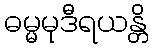
ဓမ္မမုဒီရယန္တိ